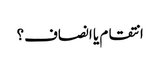
انتقام یا انصاف؟